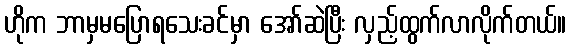
ဟိုက ဘာမှမပြောရသေးခင်မှာ အော်ဆဲပြီး လှည့်ထွက်လာလိုက်တယ်။